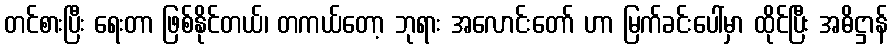
တင်စားပြီး ရေးတာ ဖြစ်နိုင်တယ်၊ တကယ်တော့ ဘုရား အလောင်းတော် ဟာ မြက်ခင်းပေါ်မှာ ထိုင်ပြီး အဓိဋ္ဌာန်